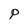
Character: P